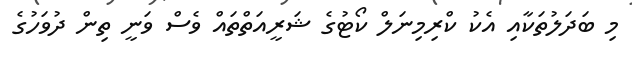
މި ބަދަލުތަކާއި އެކު ކްރިމިނަލް ކޯޓުގެ ޝަރީއަތްތައް ވެސް ވަނީ ތިިން ދުވަހުގެ